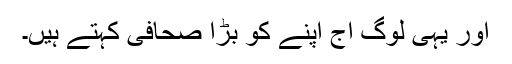
اور یہی لوگ آج اپنے کو بڑا صحافی کہتے ہیں۔